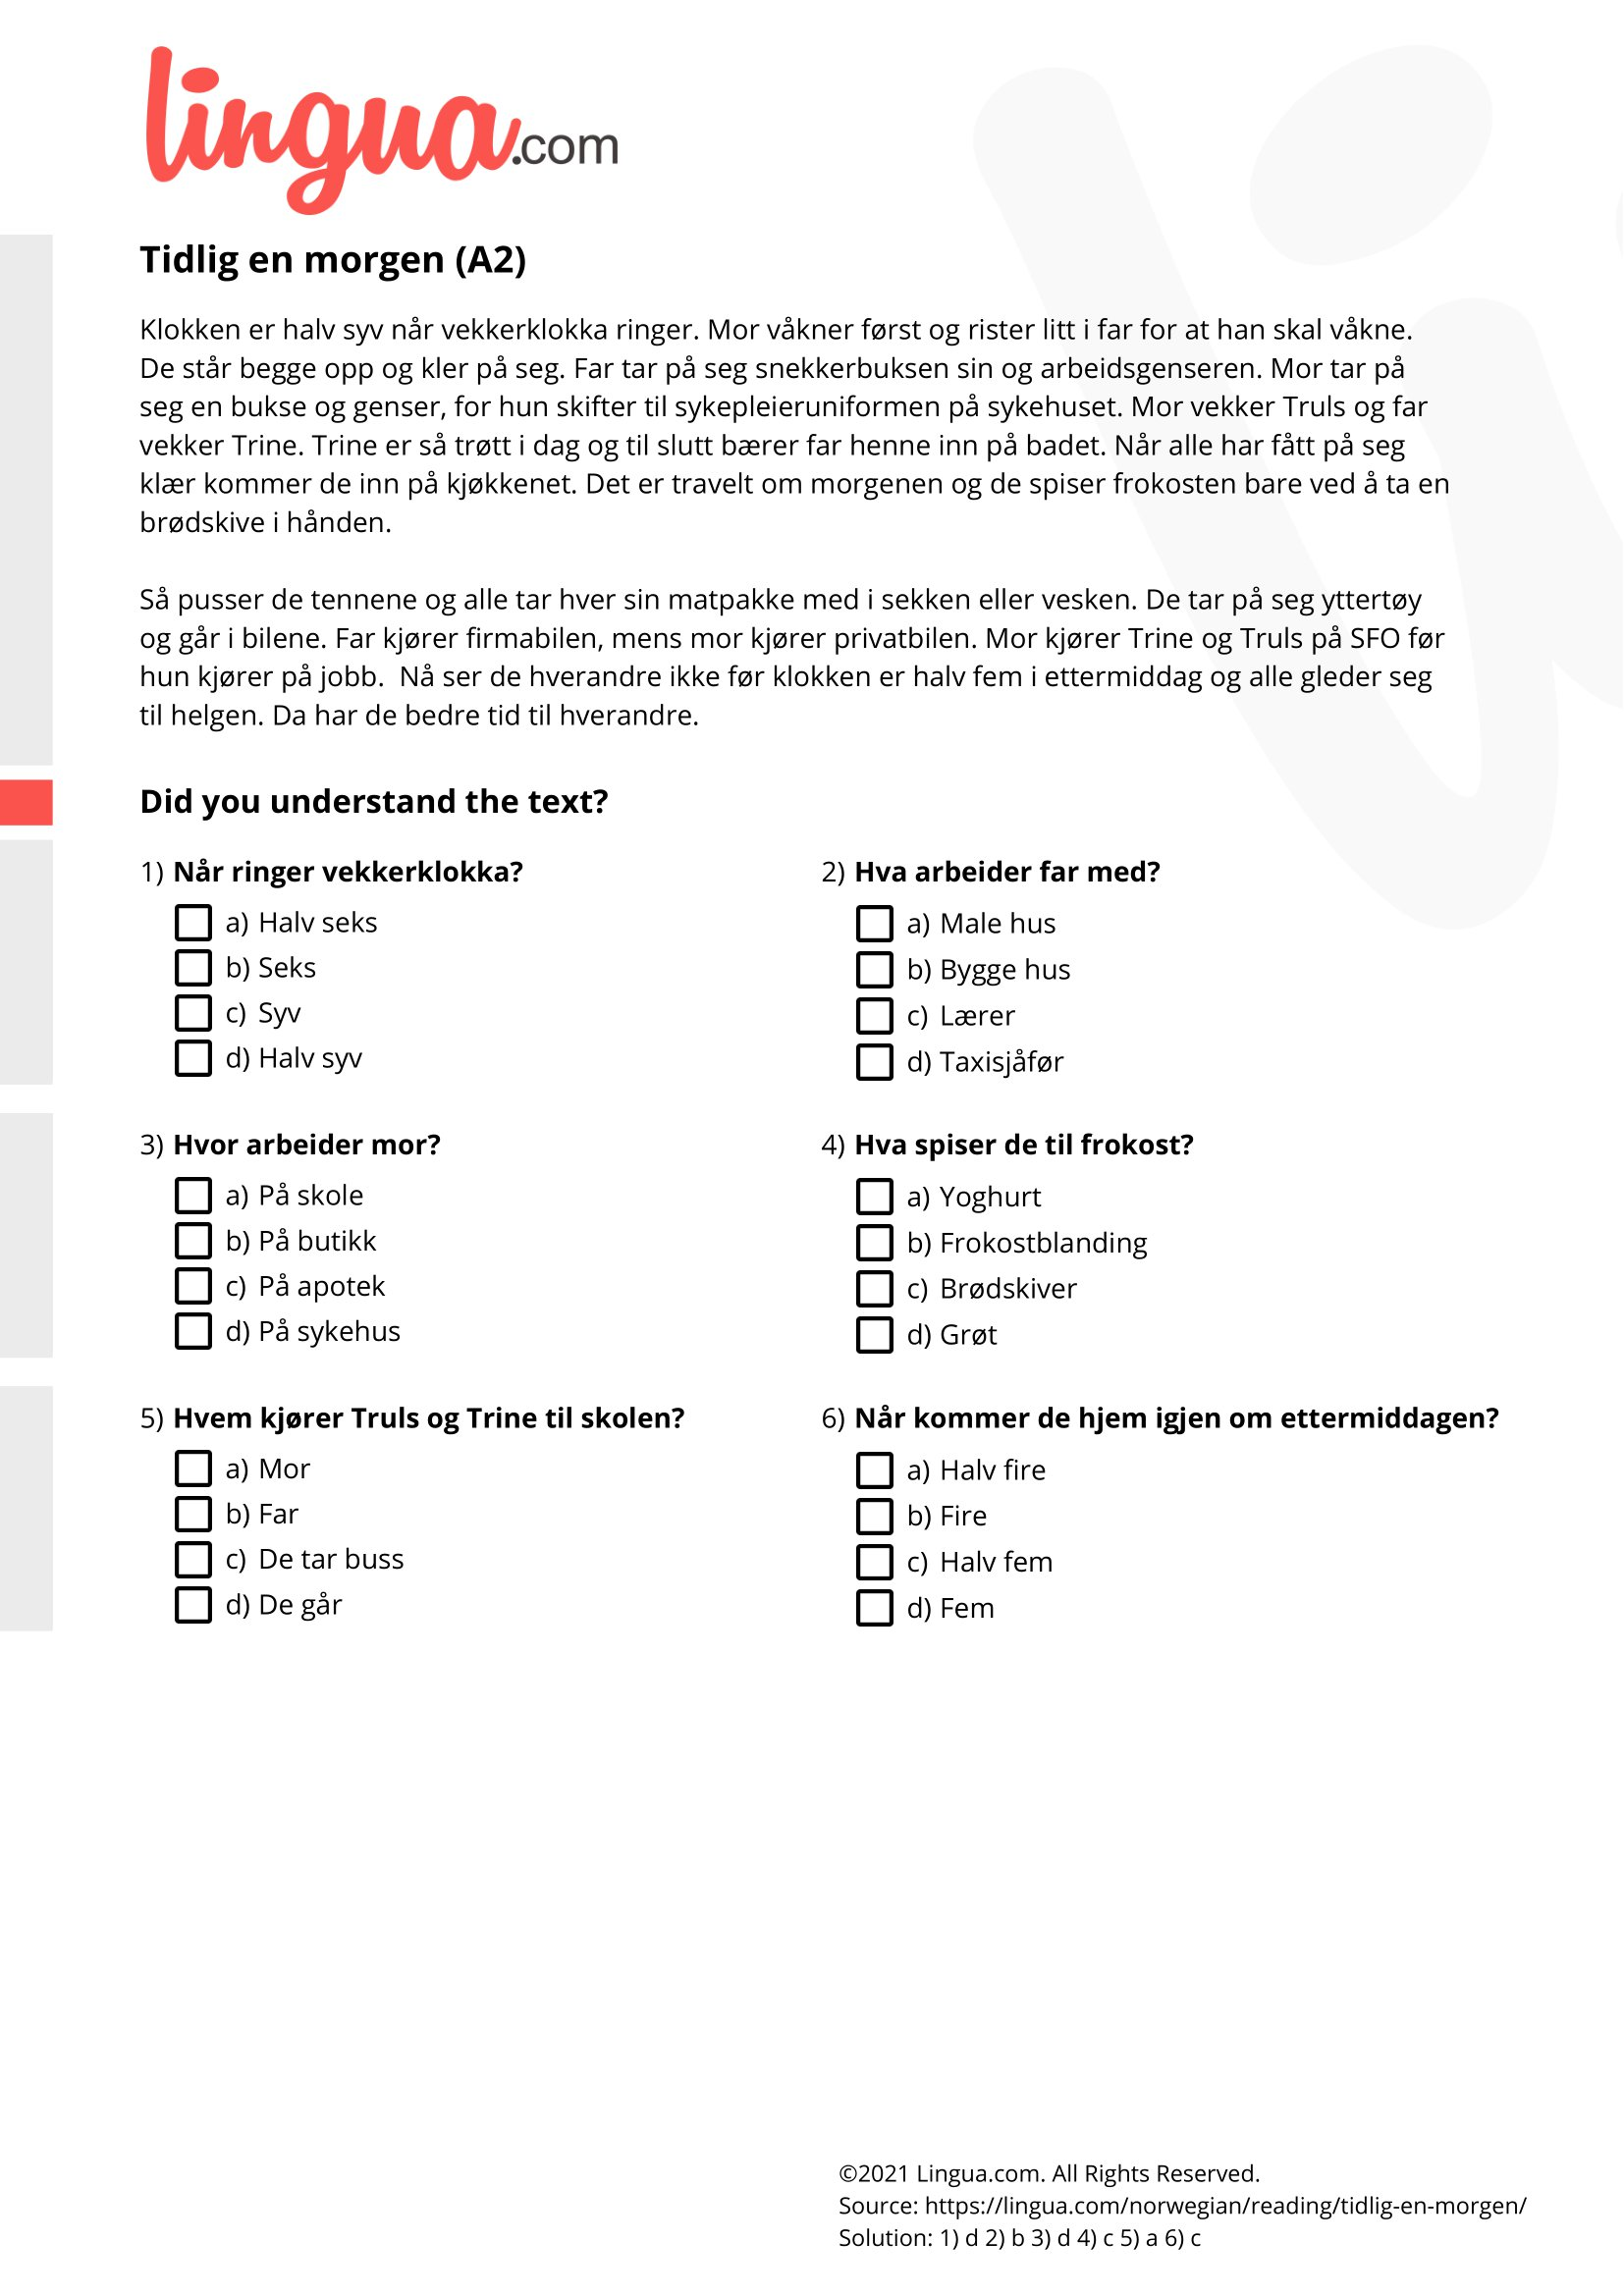
Language: no